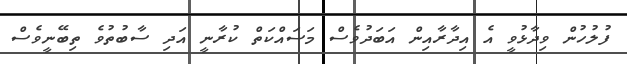
ފުލުހުން ވިދާޅުވީ އެ އިދާރާއިން އަބަދުވެސް މަސައްކަތް ކުރާނީ އަދި ސާބުތުވެ ތިބޭނީވެސް